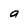
Character: a